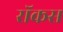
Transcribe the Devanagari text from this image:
रॉकस